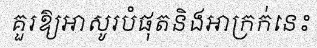
គួរឱ្យអាសូរបំផុតនិងអាក្រក់នេះ